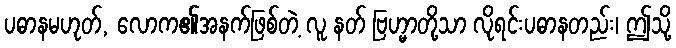
ပဓာနမဟုတ်, လောက၏အနက်ဖြစ်တဲ့ လူ နတ် ဗြဟ္မာတို့သာ လိုရင်းပဓာနတည်း၊ ဤသို့